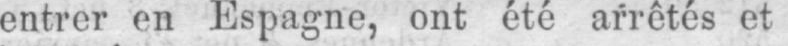
entrer en Espagne, ont été arrêtés et